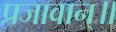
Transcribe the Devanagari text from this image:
प्रजावान्॥